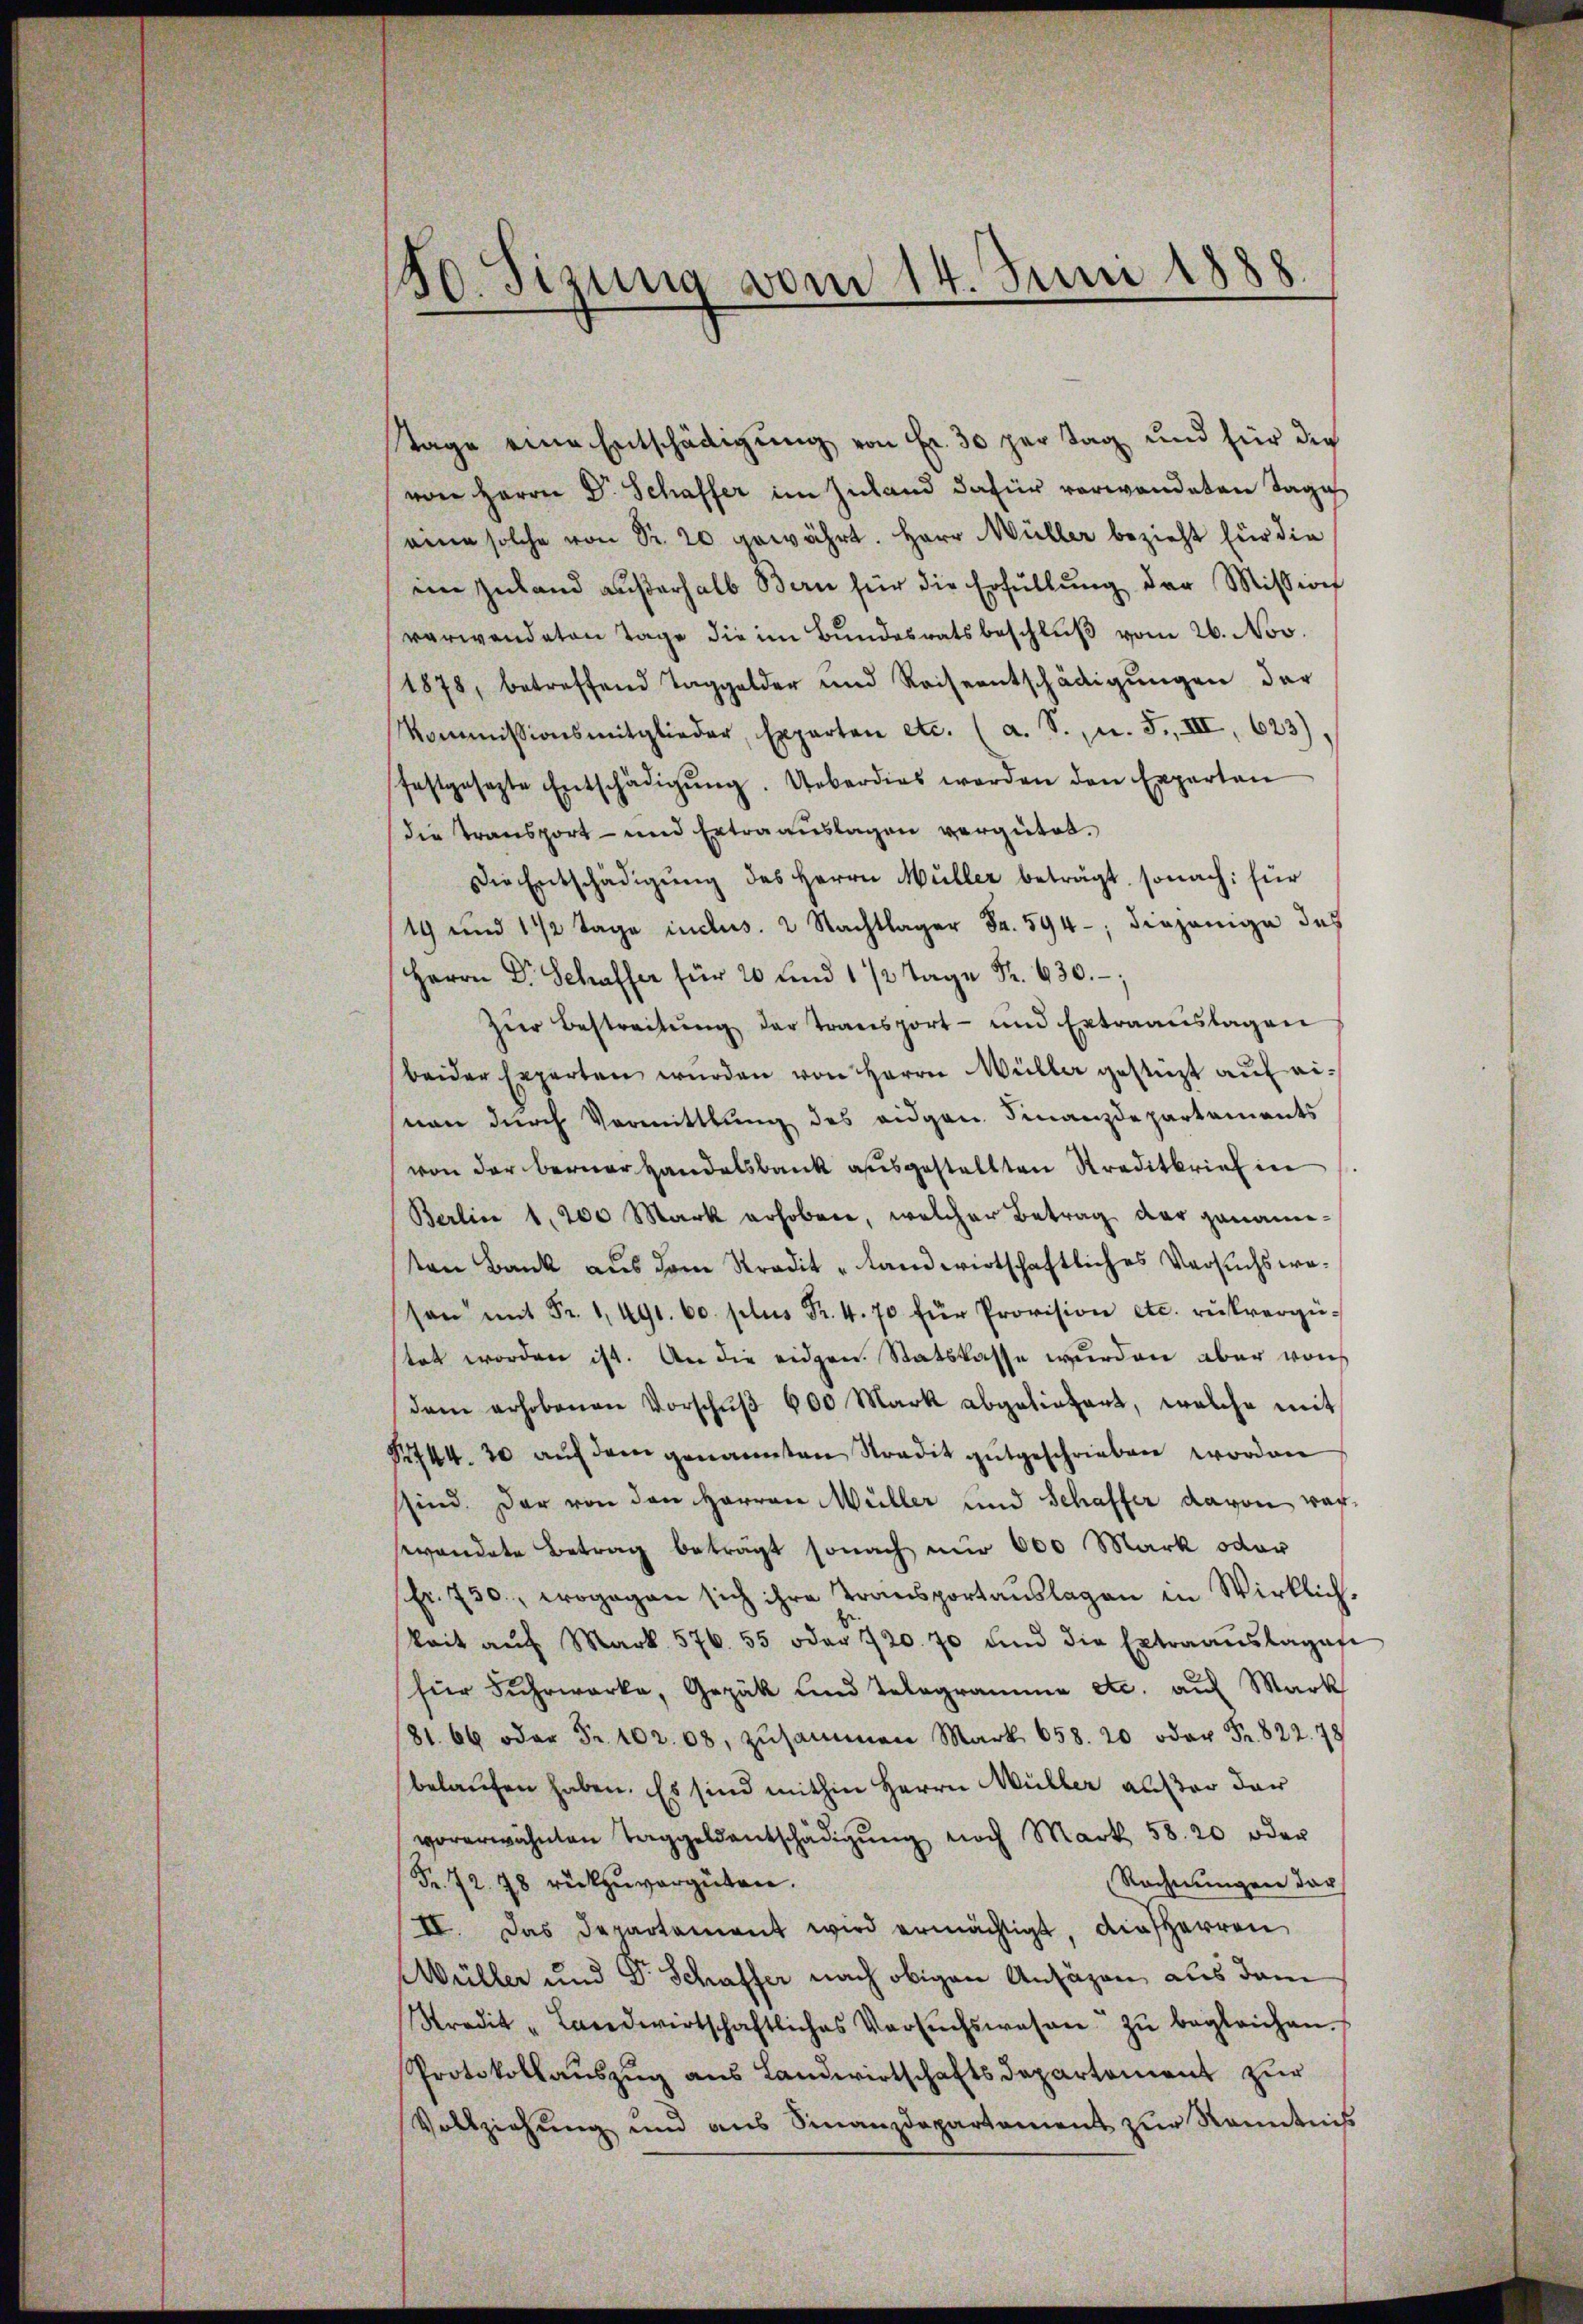
130. Sizung vom 14. Juni 1888

Tage eine Entschädigung von Fr. 30 per Tag und für die
von Herrn Dr. Schaffer im Inland dafür verwandeten Tage
eine solche von Sr. 20 gewährt. Herr Müller bezieht für die
iin Zuland aŭβerhalb Bern für die Erfüllŭng der Mission
verwandeten Tage die im Bundesratsbeschlŭβ vom 26. Nov.
1878, betreffend Taggelder und Reiseentschädigŭngen der
Kommissionsmitglieder, Experten etc. (a. S., u. 5., III 623)
festgesezte Entschädigŭng. Ueberdies werden den Experten
die Transport- und Ertraguslagen vergütet.
Die Entschädigŭng des Herrn Müller beträgt, sonach: für
19 und 1 1/2 Tage inclus. 2 Nachtlager Fr. 594, diejenige des
Herrn Dr. Schaffer für 20 und 1/2 Tage Fr. 630.;
Zŭr Bestreitŭng der Transport- und Extraanslagen
beider Experten wurden von Herrn Müller gestüzt auf einen durch Vormittlung des eidgen. Finanzdepartaments
von der Berner Handelsbank ausgestellten Kreditbrief in
Berlin 1,200 Mark erhoben, welcher Betrag der ganane-
ten Bank aus dem Stradit-Landwirtschaftliches Versuchsweson mit Fr. 1. 491. 60. plus Fr. 4. 70 für Provision etc. rükvergütet worden ist. An die eidgen. Statskasse wurden aber von
dem erhobenen Vorschŭβ 600 Mark abgeliefert, welche mit
S744. 20 auf dem genannten Stradit gutgeschrieben worden
sind. Der von den Herren Müller und Schaffer davon vorswandete Betrag beträgt sonach nur 600 Mark oder
Fr. 750, wogegen sich ihre Transportauslagen in Wirklich-
kait aŭf Mark. 576. 55 oder 720. 70 und die Extraaŭslagen
für Fuhrwerke, Gezak und Telegramme etc. aŭf Mark
81. 66 oder Fr. 102. 08, zusammen Mark 658. 20 oder Fr. 822. 78
belaufen haben. Es sind mithin Herrn Müller außer dar
vorerwähnten Taggeldentschädigŭng noch Mark 58. 20 oder
Fr. 72. 78 rückzŭvergüten.
Rechnungen der
II. Das Departement wird ermächtigt, die Herren
Wüller und Dr Schaffer nach obigen Ansägen aus dem
Stradit-Landwirtschaftliches Versuchswesen zŭ begleichen.
Protokollauszug aus Landwirtschaftsdepartement zur
Vollziehung und aus Finanzdepartament zŭr Kenntnis